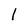
Character: l